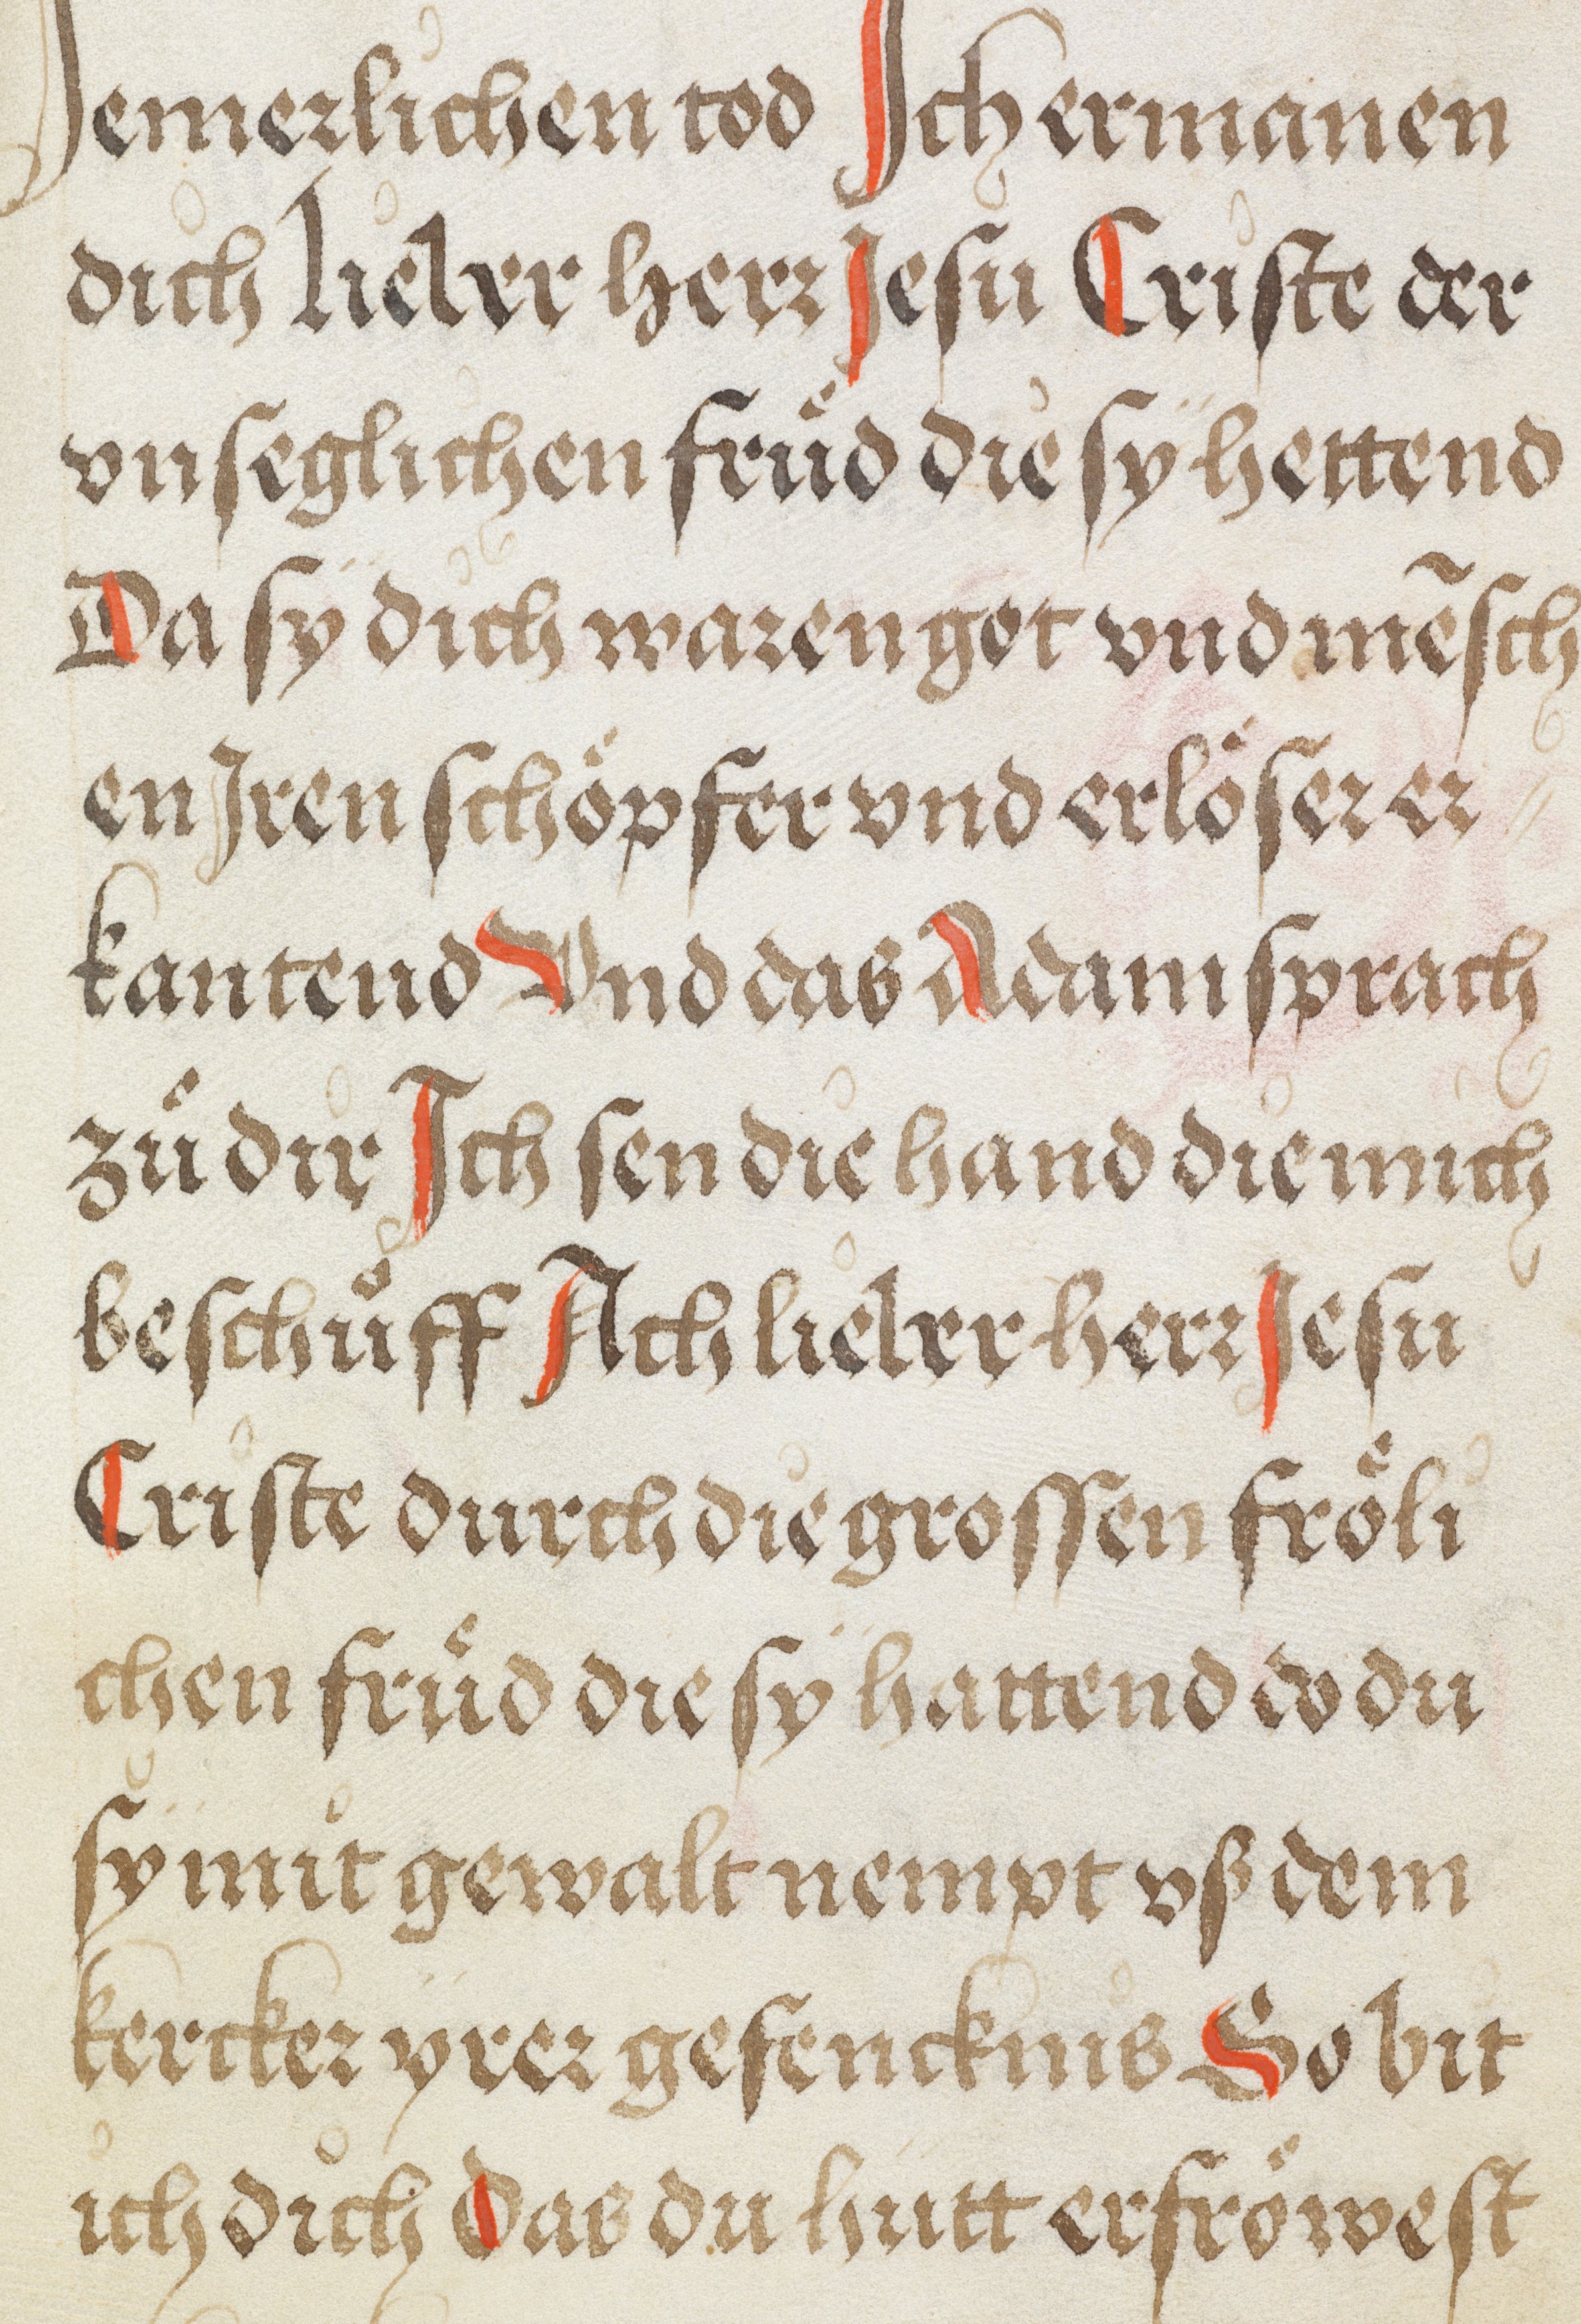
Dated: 1500–1530